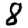
Digit: 8